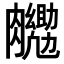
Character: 𮍉